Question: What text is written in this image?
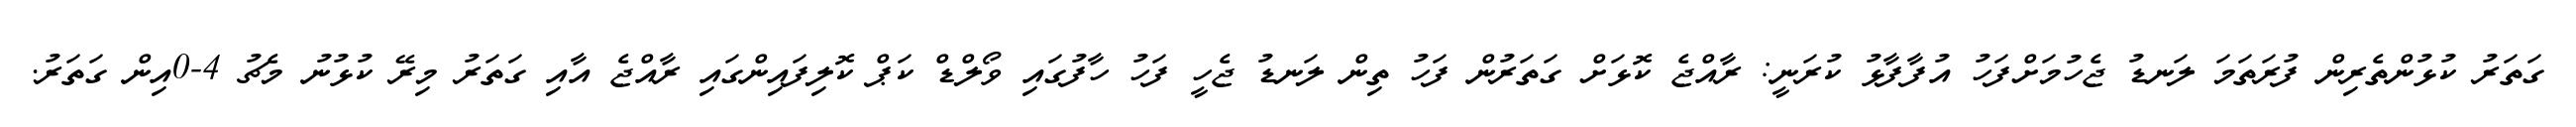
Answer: ގަތަރު ކުޅުންތެރިން ފުރަތަމަ ލަނޑު ޖެހުމަށްފަހު އުފާފާޅު ކުރަނީ: ރާއްޖެ ކޮޅަށް ގަތަރުން ފަހު ތިން ލަނޑު ޖެހީ ފަހު ހާފުގައި ވޯލްޑް ކަޕް ކޮލިފައިންގައި ރާއްޖެ އާއި ގަތަރު މިރޭ ކުޅުނު މެޗު 4-0އިން ގަތަރު.